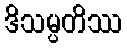
ဒိသမ္ပတိဿ